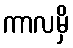
ကာလမှိ